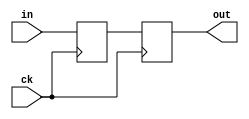
module pipe2 (
	in, 
	out, 
	ck
);

input ck;
input [9:0] in;
output reg [9:0] out = 10'b0;

reg [9:0] q1 = 10'b0;

always @ (posedge ck)
begin
	q1 <= in;
	out <= q1;
end

endmodule